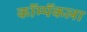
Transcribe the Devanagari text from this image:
कॉम्पॅकला